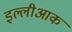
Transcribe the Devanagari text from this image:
इल्लीआक